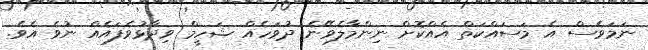
ނަމަވެސް އެ މަސައްކަތް އެއްކޮށް ނިންމާލެވޭނެ ދުވަހެއް ޝަހީމް ވިދާޅުވެފައެއް ނުވެ އެވެ.